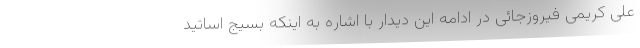
علی کریمی فیروزجائی در ادامه این دیدار با اشاره به اینکه بسیج اساتید